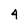
Character: 4